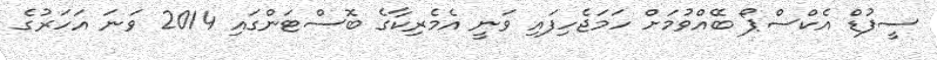
ސީފުޑް އެކްސްޕޯ ބޭއްވުމަށް ހަމަޖެހިފައި ވަނީ އެމެރިކާގެ ބޮސްޓަންގައި 2014 ވަނަ އަހަރުގެ